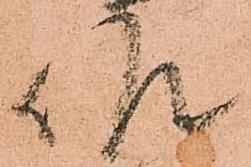
候